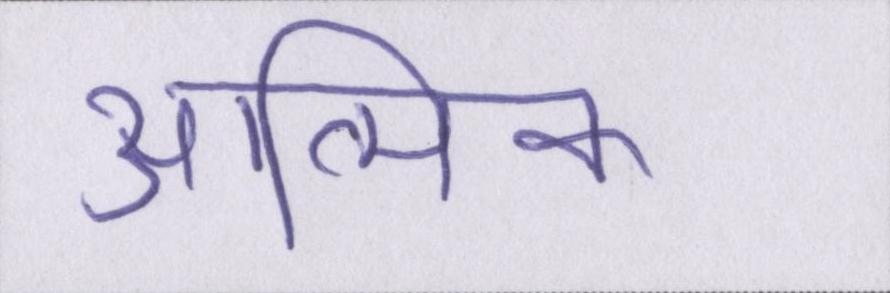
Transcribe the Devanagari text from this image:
आत्मिक